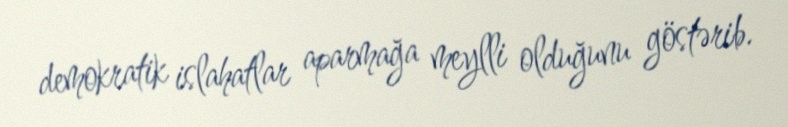
demokratik islahatlar aparmağa meylli olduğunu göstərib.